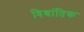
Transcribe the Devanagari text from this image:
विश्रांतिक